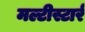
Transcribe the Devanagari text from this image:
मल्टीस्टार्र